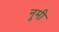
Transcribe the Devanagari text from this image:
नूमी